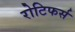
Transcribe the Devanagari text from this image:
रोटिफर्स